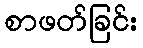
စာဖတ်ခြင်း